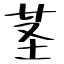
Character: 茎